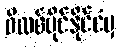
ဖိလစ်ပိုင်နိုင်ငံမှ